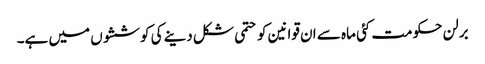
برلن حکومت کئی ماہ سے ان قوانین کو حتمی شکل دینے کی کوششوں میں ہے۔